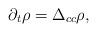
LaTeX: \begin{align*}\partial_t\rho=\Delta_{cc} \rho,\end{align*}